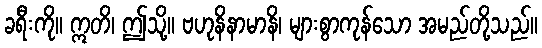
ခရီးကို။ ဣတိ၊ ဤသို့။ ဗဟုနိနာမာနိ၊ များစွာကုန်သော အမည်တို့သည်။